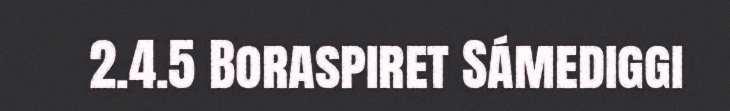
2.4.5 Boraspiret Sámediggi